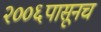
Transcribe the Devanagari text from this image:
२००६पासूनच